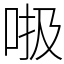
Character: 𠳖